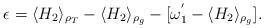
LaTeX: \begin{align*}\epsilon=\langle H_2\rangle_{\rho_T}-\langle H_2\rangle_{\rho_g}-[\omega_1^{'}-\langle H_2\rangle_{\rho_g}].\end{align*}